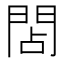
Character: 䦓